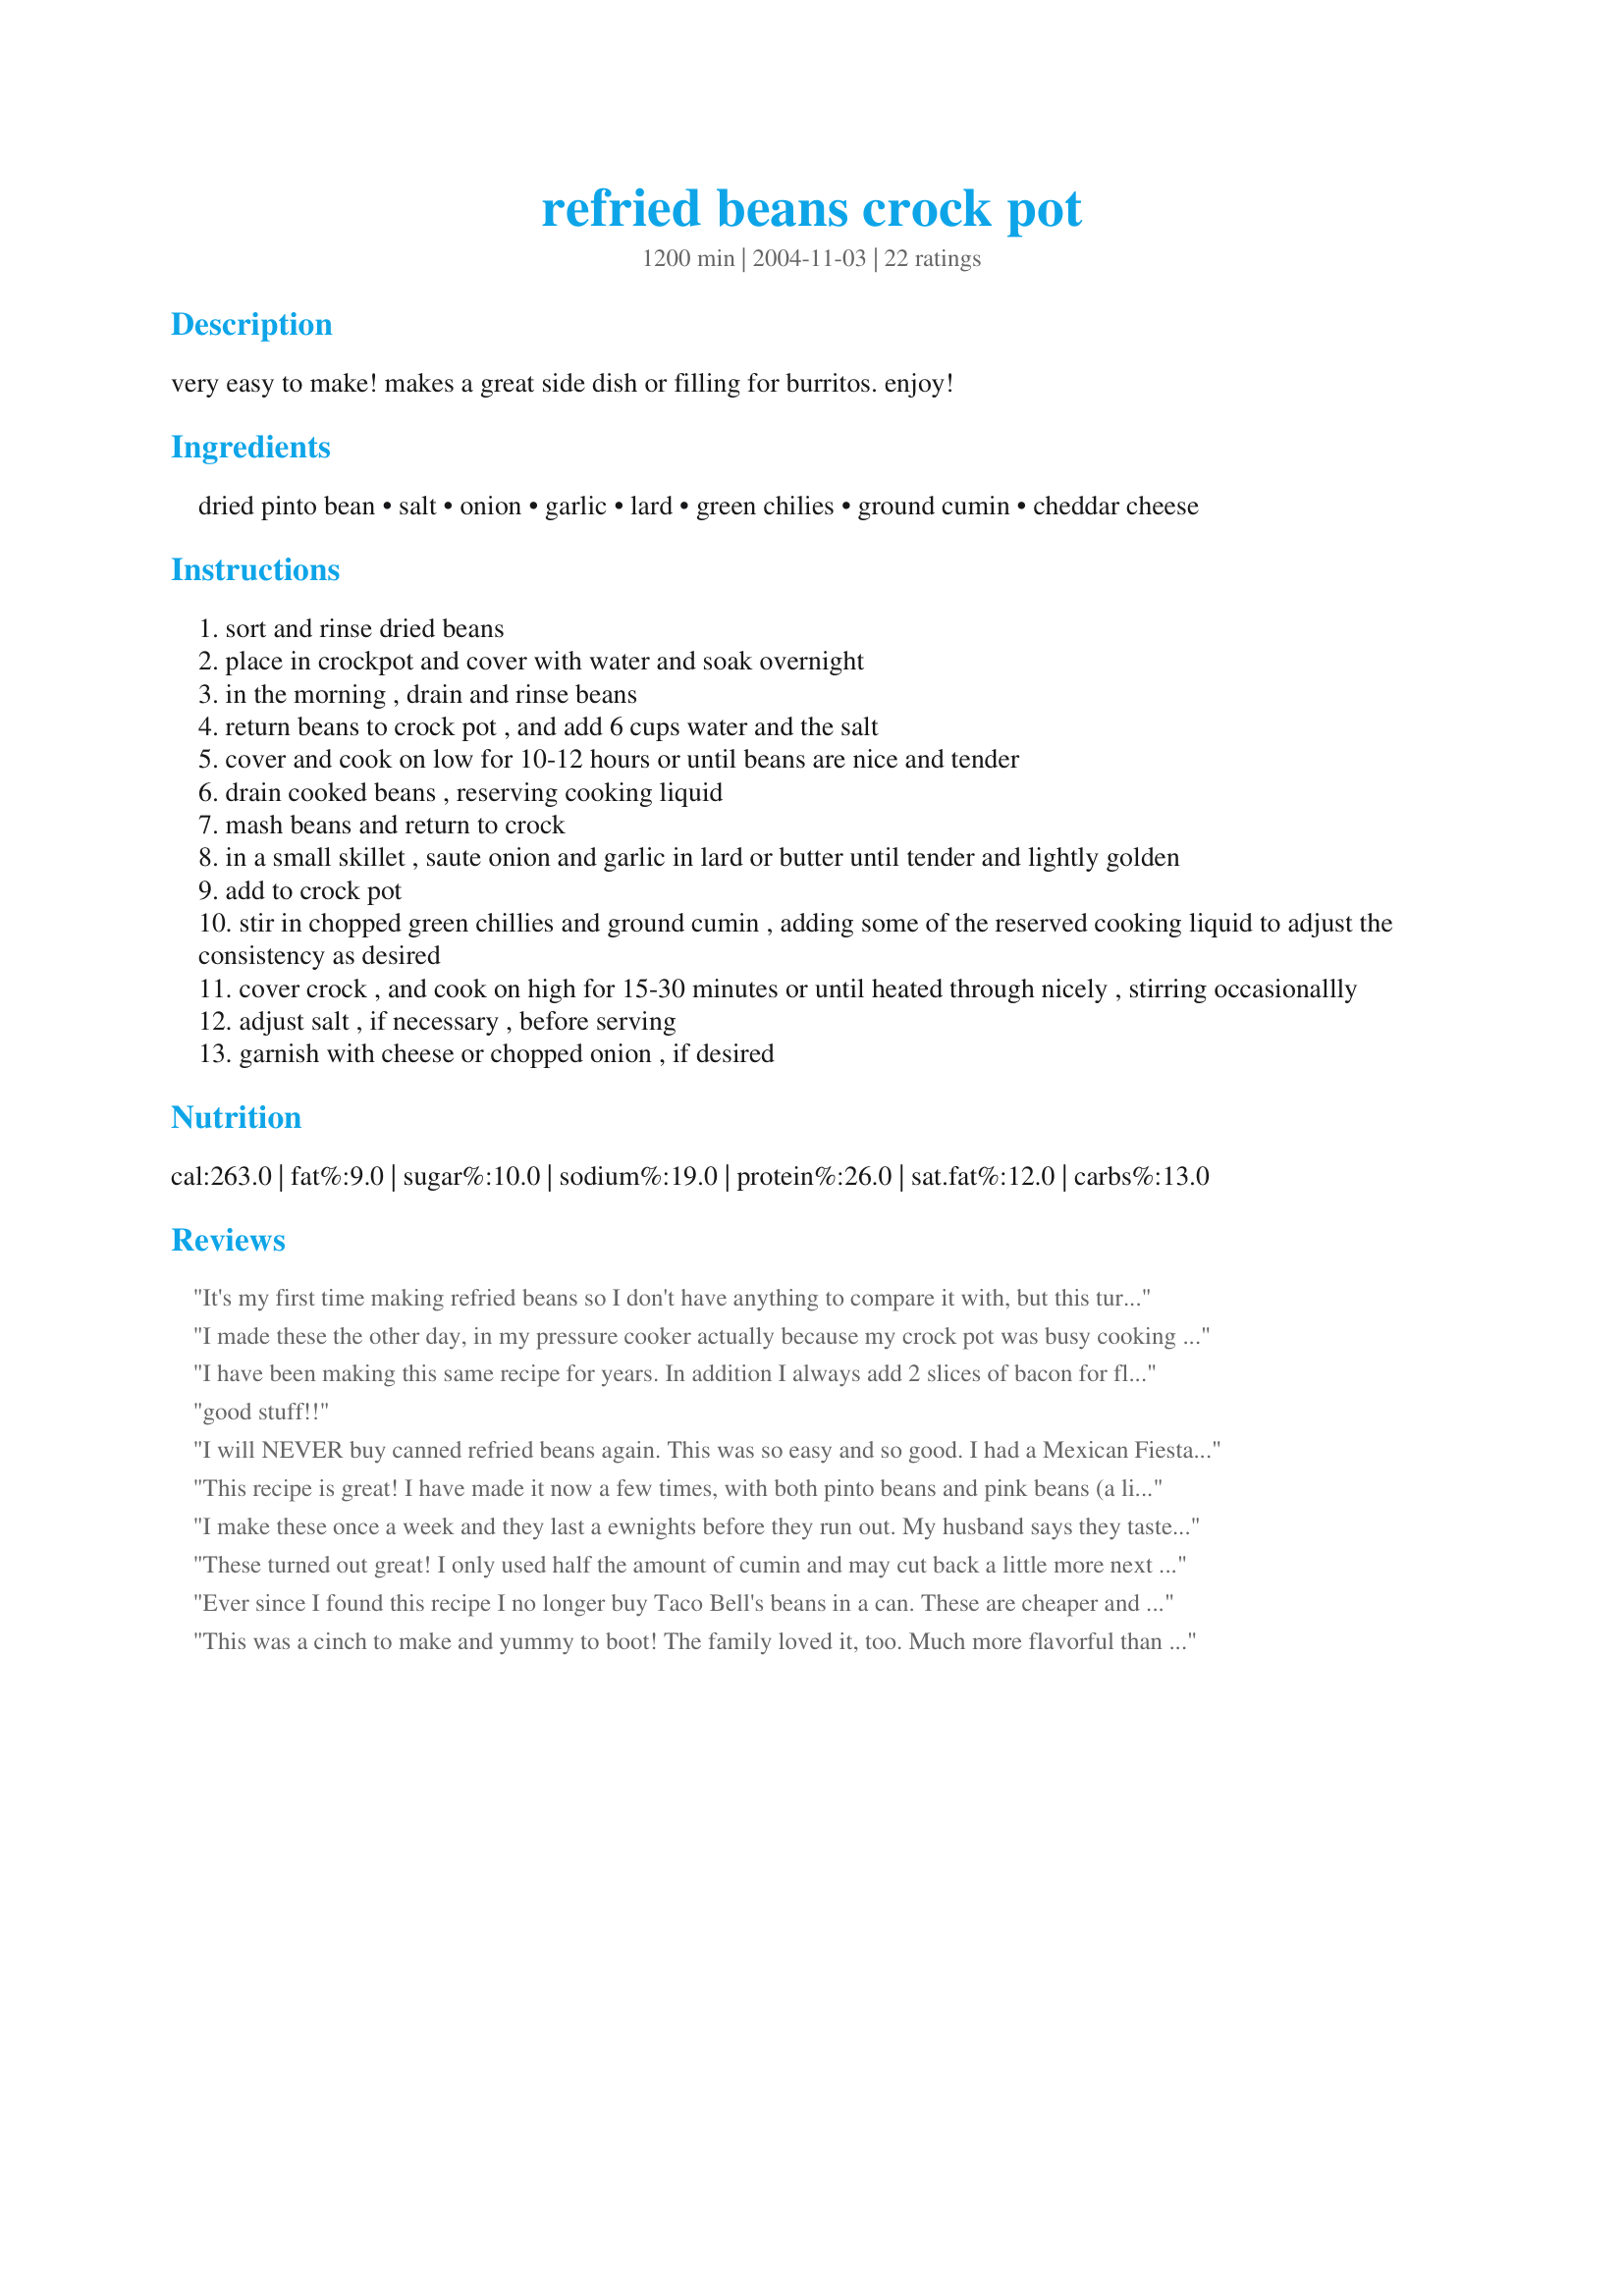
refried beans crock pot
Preparation time: 1200 minutes

very easy to make! makes a great side dish or filling for burritos. enjoy!

Ingredients:
dried pinto bean, salt, onion, garlic, lard, green chilies, ground cumin, cheddar cheese

Steps:
sort and rinse dried beans
place in crockpot and cover with water and soak overnight
in the morning , drain and rinse beans
return beans to crock pot , and add 6 cups water and the salt
cover and cook on low for 10-12 hours or until beans are nice and tender
drain cooked beans , reserving cooking liquid
mash beans and return to crock
in a small skillet , saute onion and garlic in lard or butter until tender and lightly golden
add to crock pot
stir in chopped green chillies and ground cumin , adding some of the reserved cooking liquid to adjust the consistency as desired
cover crock , and cook on high for 15-30 minutes or until heated through nicely , stirring occasionallly
adjust salt , if necessary , before serving
garnish with cheese or chopped onion , if desired

Reviews:
It's my first time making refried beans so I don't have anything to compare it with, but this turned out delicious. I didn't use as much cumin and chiles only because I don't like anything that's spicy. All I added at the end was some salt. My daughter loved it and she's a big Mexican food lover.
I made these the other day, in my pressure cooker actually because my crock pot was busy cooking the pork I wanted to serve with it. I loved them. They were easy to make and delicious. I used the canola oil because it was handy and easy.<br/>I froze the leftovers. Fast forward a week or so, and a friend is visiting after spending three months in Mexico. We're hungry for lunch one day, and I pull these out. She says they are like what she had in Mexico. <br/>They are not as thick as, say Rosarita refried beans. Or, at least, mine weren't. <br/>In summary, easy, delicious, authentic and nutritious. I can't think of anything else they would need to be.
I have been making this same recipe for years. In addition I always add 2 slices of bacon for flavor and a tsp of sugar to prevent the beans from causing people to have gas.
good stuff!!
I will NEVER buy canned refried beans again. This was so easy and so good. I had a Mexican Fiesta Dinner with 17 people and everyone loved these. Only change I made was I used about 1/2 tablespoon of butter instead of lard or oil. I kept my reserved juice and used it throughout the cooking process up until the time we ate. I found the longer the beans cooked, after mixing everything together, the darker the beans became like you get at the restaurant. With the little liquid that was left I put in the leftover beans and froze them to eat with the leftover tamales at a later time. Don&#039;t worry if your onions didn&#039;t saute all the way they will finish cooking in the crock pot. Oh, one other thing I did since I was short on time. I cooked the beans on high for about 3-4 hours before turning them to low.
This recipe is great! I have made it now a few times, with both pinto beans and pink beans (a little harder to find, but my preference) and have had great results both ways. My only change is I add about 1/4 cup of salt to the crock pot water while cooking; but then you don't need to add any salt to the drained beans. Kind of like cooking pasta -- the salt gets sucked into the beans, rather than having to add salt to the sauce later. Thanks!
I make these once a week and they last a ewnights before they run out. My husband says they taste just like the Refried Beans at “On the Border”. Like any bean, they’re better the next day. Amazing recipe.
These turned out great! I only used half the amount of cumin and may cut back a little more next time. I think I&#039;ll throw in a bay leaf while the beans cook and add a bit of chili powder at the end. I noticed these taste much better the next day. Thanks for sharing the recipe.
Ever since I found this recipe I no longer buy Taco Bell's beans in a can. These are cheaper and taste just as good, if not better.
This was a cinch to make and yummy to boot! The family loved it, too. Much more flavorful than the canned variety. Great recipe!
This is a great time saver recipe !!! No more standing over the stove stirring a pot of beans forever , waiting for them to get done . These come out nice and tender and , are very easy to mash . I served mine with a Taco Ring by strawberryjane (a Zaar recipe) . Thanks for a great recipe !!
I followed recipe exactly. We did not care for the flavor of these beans. I didnt want to throw them away so I tried to save them by adding 3 cups of my home made salsa to them..I now have 4 meals of spicy refried beans in the freezer..
These were a great addition to a burrito. I used all ingredients but cooked differently. I quick soaked the beans, then after cooking mixed them with the KitchenAid. Thank you!
I did this on the stove-top as I don&#039;t have crock pot and it came out wonderful. The beans need 2 hours on the stove-top. Other than that I followed the recipe, using lard. The flavor is excellent.
Awesome!!! Thanks so much for sharing!!! I just threw it all together out of the starting gate and added 1/2 a jalapeno too. So easy! Thanks a ton Sue Lau!
These beans were delicious. They tasted like they came from an authentic mexican restaurant. I didn't add the green chilies. And I was out of cumin, so I sprinkled a little chili powder in. Great!!
Pretty decent! The gold standard of refrieds are the ones at Ojeda's in Dallas, redolent with smoky bacon flavor. These come close if you add a packet of Goya ham stock/boullion. With a bit of onion and Goya stock, they taste much like the beans at Taco Cabana, a better-than-avg. fast food joint we patronized we patronized when we lived in Texas.
I forgot to review this recipe from when I made them this past summer. They were simply delicious and to die for. Like most of the other reviewers have claimed that they will never buy canned beans, I have to agree with them. I never really knew how good homemade was because I never liked the food from Taco Bell that had refried beans so I just figured I didnt like refried beans. But boy are these good maybe because I also used homemade lard and not store bought. Whatever the reason is, this recipe is flavorful, cheap and absolutely delicious. Highly recommend to all who are looking for something authentic or extremely close to it.
This has become my personal bean recipe. Everytime I make it everyone loves it!! I usually add a little bit more milk and cheese to make them a little more creamier.
I loved how simple this recipe was. I was going to buy some refried beans to go with recipe 8604, but I couldn't believe they were over $1.50 per can. So I decided to make these refried beans using my handy crockpot. They turned out great! I used bacon fat for the lard and added a few dashes of taco seasoning. The flavor is great! I will be serving this with my mexican dishes in the future. Thank you so much!
Wow!!! Wow! Wow! Wow!!!

I used Anastazi beans, because I had them on hand. I used butter instead of lard. For the rest I followed the recipe. The flavor is incredibly complex, but not too spicy. Really wonderful.

This is the kind of recipe you pull out to wow your friends. That's if you can bare to share them.
I followed this recipe exactly and produced what are probably the best refried beans I've ever tasted...far superior to that found in any restaurant.
